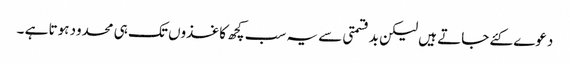
دعوے کئے جاتے ہیں لیکن بدقسمتی سے یہ سب کچھ کاغذوں تک ہی محدود ہوتا ہے ۔